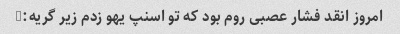
امروز انقد فشار عصبی روم بود که تو اسنپ یهو زدم زیر گریه:)